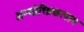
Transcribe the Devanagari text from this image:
अन्योक्तिकलाप